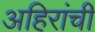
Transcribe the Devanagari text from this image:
अहिरांची